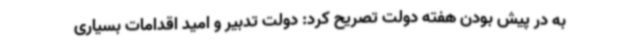
به در پیش بودن هفته دولت تصریح کرد: دولت تدبیر و امید اقدامات بسیاری